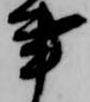
事